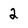
Character: 2